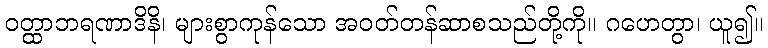
ဝတ္ထာဘရဏာဒိနိ၊ များစွာကုန်သော အဝတ်တန်ဆာစသည်တို့ကို။ ဂဟေတွာ၊ ယူ၍။